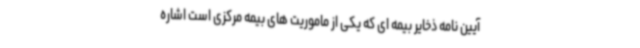
آیین نامه ذخایر بیمه ای که یکی از ماموریت های بیمه مرکزی است اشاره